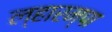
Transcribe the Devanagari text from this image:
ल्हारम्पा